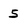
Character: 5